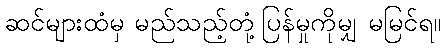
ဆင်များထံမှ မည်သည့်တုံ့ပြန်မှုကိုမျှ မမြင်ရ။